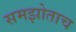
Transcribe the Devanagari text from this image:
समझोताच